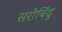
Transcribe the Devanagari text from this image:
सरोबिंदु